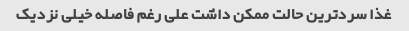
غذا سرد‌ترین حالت ممکن داشت علی رغم فاصله خیلی نزدیک